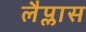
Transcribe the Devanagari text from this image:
लैप्लास